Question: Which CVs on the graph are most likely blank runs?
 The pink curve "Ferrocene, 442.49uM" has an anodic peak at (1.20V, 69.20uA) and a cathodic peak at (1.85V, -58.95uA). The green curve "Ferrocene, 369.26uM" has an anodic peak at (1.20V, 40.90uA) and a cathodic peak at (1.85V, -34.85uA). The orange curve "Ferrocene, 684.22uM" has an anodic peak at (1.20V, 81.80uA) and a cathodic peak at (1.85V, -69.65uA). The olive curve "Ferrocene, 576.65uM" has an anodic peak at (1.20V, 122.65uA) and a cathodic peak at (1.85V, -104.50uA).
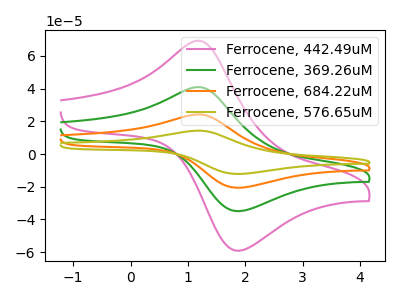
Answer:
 <answer>There are not any CV's on this graph that are likely to be blanks.</answer>
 <eval>none</eval>